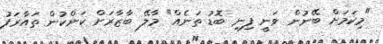
"މިކަމަށް ބޭނުން ވަނީ ފިނި ބޮޑު ތަނެއް" މާލޭ ބާޒާރަށް ކަންކުން ތައާރަފު